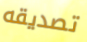
تصديقه